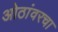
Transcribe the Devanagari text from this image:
ओठांवरचा